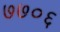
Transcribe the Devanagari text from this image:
७७०६